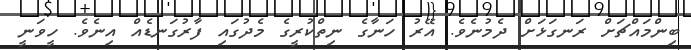
ބިންމައްޗަށް ރަނގަޅަށް ދެމުނެވެ. އޭރު ހަނާގެ ނިތްކުރީގެ މެދުގައި ފާރުގަނޑެއް އިނެވެ. ހީވަނީ